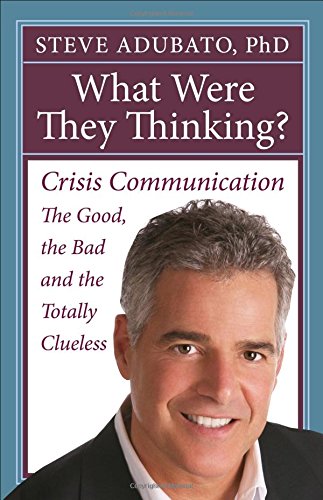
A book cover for What Were They Thinking?: Crisis Communication: The Good, the  Bad, and the Totally Clueless; Steve Adubato; Business & Money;